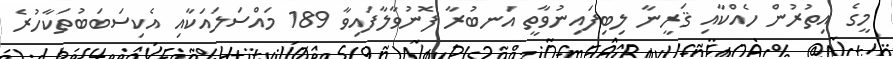
މީގެ އިތުރުން ހެއްކާއި ޤަރީނާ ލިބިފައިނުވާތީ އަނބުރާ ފޮނުވާލާފައިވާ 189 މައްސަލައަކާއި އެކިސަބަބުތަކާހުރެ